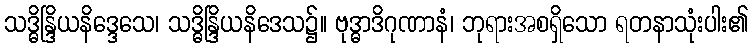
သဒ္ဓိန္ဒြိယနိဒ္ဒေသေ၊ သဒ္ဓိန္ဒြိယနိဒေသ၌။ ဗုဒ္ဓာဒိဂုဏာနံ၊ ဘုရားအစရှိသော ရတနာသုံးပါး၏